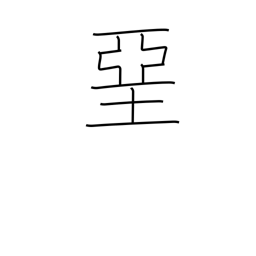
Meaning: whitewash